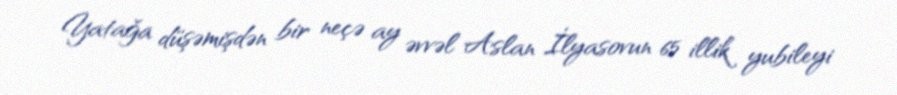
Yatağa düşəmişdən bir neçə ay əvvəl Aslan İlyasovun 65 illik yubileyi